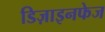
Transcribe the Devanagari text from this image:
डिज़ाइनफेज